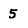
Character: 5